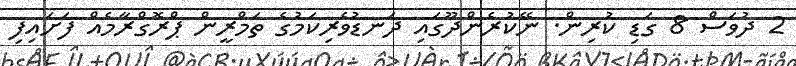
2 ދުވަސް 8 ގަޑި ކުރިން. ނޭކުރެންދޫގައި ދަނޑުވެރިކަމުގެ ތަމްރީން ޕްރޮގްރާމެއް ފަށައިފި